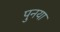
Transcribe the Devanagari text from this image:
पुनया